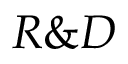
R \& D